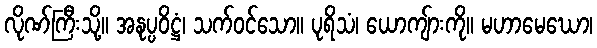
လိုဏ်ကြီးသို့။ အနုပ္ပဝိဋ္ဌံ၊ သက်ဝင်သော။ ပုရိသံ၊ ယောကျ်ားကို။ မဟာမေဃော၊